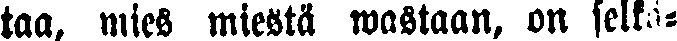
taa, mies miestä wastaan, on selkä-